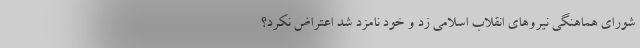
شورای هماهنگی نیروهای انقلاب اسلامی زد و خود نامزد شد اعتراض نکرد؟